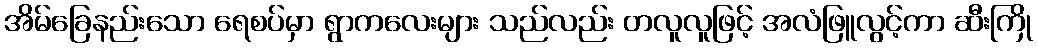
အိမ်ခြေနည်းသော ရေစပ်မှာ ရွာကလေးများ သည်လည်း တလူလူဖြင့် အလံဖြူလွင့်ကာ ဆီးကြို